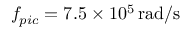
f _ { p i c } = 7 . 5 \times 1 0 ^ { 5 } \, \mathrm { r a d / s }